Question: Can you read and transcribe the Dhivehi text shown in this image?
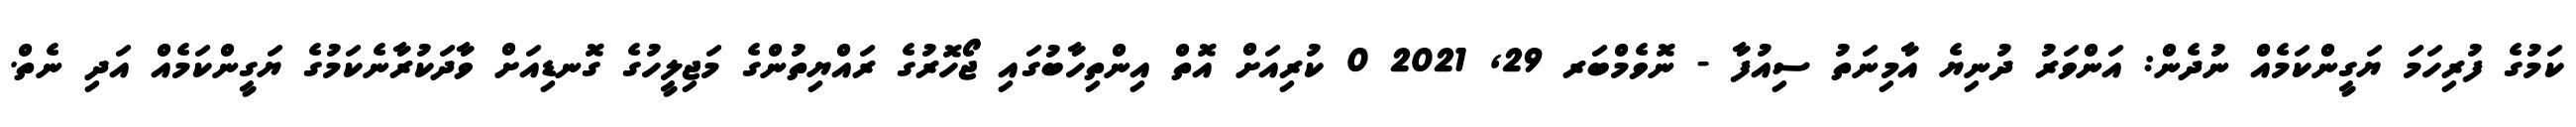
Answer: ކަމުގެ ފުރިހަމަ ޔަގީންކަމެއް ނުދެން: އަންވަރު ދުނިޔެ އާމިނަތު ސިއުފާ - ނޮވެމްބަރ 29, 2021 0 ކުރިއަށް އޮތް އިންތިހާބުގައި ޖޯހޮރުގެ ރައްޔިތުންގެ މަޖިލީހުގެ ގޮނޑިއަށް ވާދަކުރާނެކަމުގެ ޔަގީންކަމެއް އަދި ނެތް.